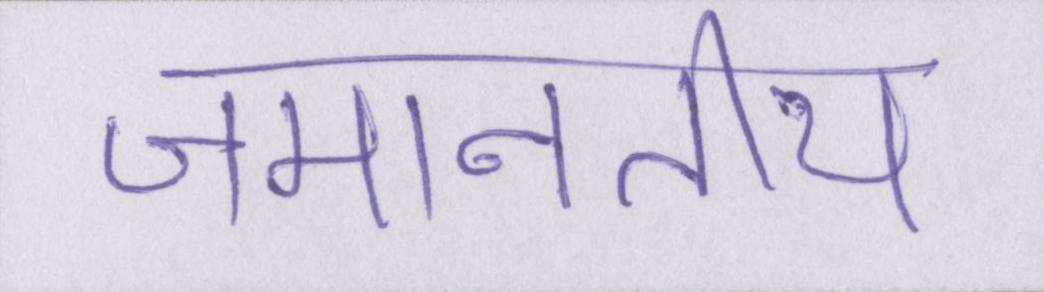
जमानतीय